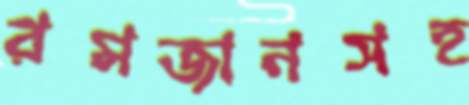
রমজানসহ